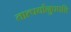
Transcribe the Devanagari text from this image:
तात्पर्यानुपपत्ति